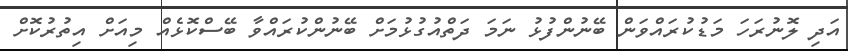
އަދި ލޮނުރަހަ މަޑުކުރައްވަން ބޭނުންފުޅު ނަމަ ދަތްއުގުޅުމަށް ބޭނުންކުރައްވާ ބޭސްކޮޅެއް މިއަށް އިތުރުކޮށް